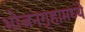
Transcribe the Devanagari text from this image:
भोजनगृहामध्ये